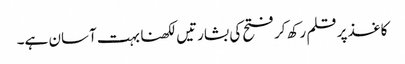
کاغذ پر قلم رکھ کر فتح کی بشارتیں لکھنا بہت آسان ہے۔